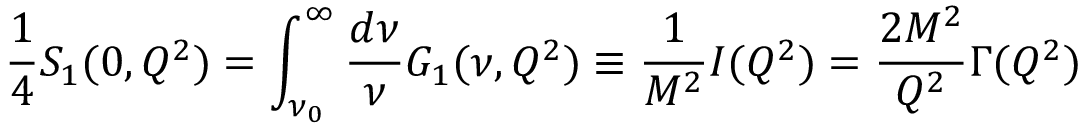
{ \frac { 1 } { 4 } } S _ { 1 } ( 0 , Q ^ { 2 } ) = \int _ { \nu _ { 0 } } ^ { \infty } { \frac { d \nu } { \nu } } G _ { 1 } ( \nu , Q ^ { 2 } ) \equiv { \frac { 1 } { M ^ { 2 } } } I ( Q ^ { 2 } ) = { \frac { 2 M ^ { 2 } } { Q ^ { 2 } } } \Gamma ( Q ^ { 2 } )